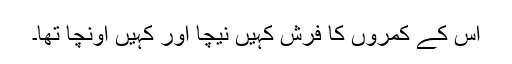
اس کے کمروں کا فرش کہیں نیچا اور کہیں اونچا تھا۔